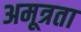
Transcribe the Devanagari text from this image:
अमूत्रता